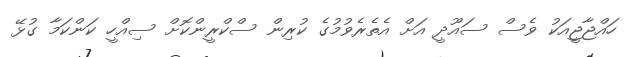
ހައްޖާޖީއަކު ވެސް ސައޫދީ އަށް އެތެރެވުމުގެ ކުރިން ސްކްރީންކޮށް ސިއްހީ ކަންކަމާ ގުޅޭ